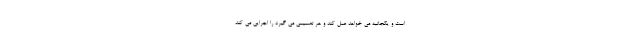
است و یکجانبه می خواهد عمل کند و هر تصمیمی می گیرد را اجرایی می کند